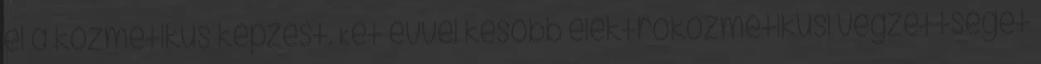
el a kozmetikus képzést. Két évvel késôbb elektrokozmetikusi végzettséget